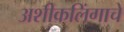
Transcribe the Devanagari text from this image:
अशीकलिंगाचे